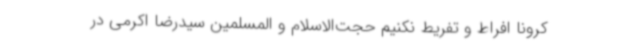
کرونا افراط و تفریط نکنیم حجت‌الاسلام و المسلمین سیدرضا اکرمی در